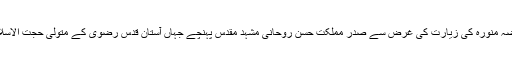
حضرت امام علی رضا علیہ السلام کے روضہ منورہ کی زیارت کی غرض سے صدر مملکت حسن روحانی مشہد مقدس پہنچے جہاں آستان قدس رضوی کے متولی حجت الاسلام شیخ احمد مروی نے ان سے ملاقات کی ۔